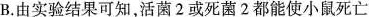
B.由实验结果可知，活菌2或死菌2都能使小鼠死亡